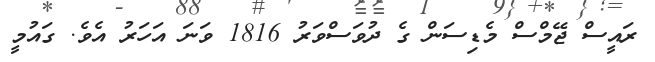
ރައީސް ޖޭމްސް މެޑިސަން ގެ ދުވަސްވަރު 1816 ވަނަ އަހަރު އެވެ. ގައުމީ